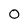
Character: 0